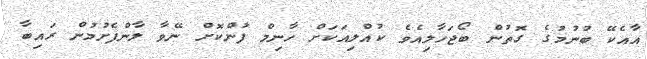
އާއެކޭ ބުނުމުގެ ގޮތުން ބޯޖަހާލިއެވެ ކުއްލިއަކަށް ހާނިމް ފުންކޮށް ނޭވާ ލާންފެށުމުން ރައިބާ